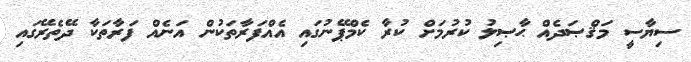
ސިޔާސީ މަޤްޞަދެއް ޙާޞިލު ކުރުމަށް ކުރާ ކެމްޕޭނުގައި އެއްފަރާތަކުން އަނެއް ފަރާތަކާ ދޭތެރޭގައި